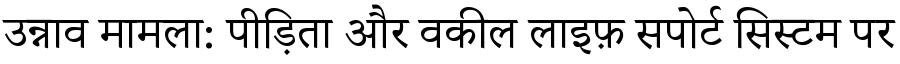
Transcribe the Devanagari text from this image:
उन्नाव मामला: पीड़िता और वकील लाइफ़ सपोर्ट सिस्टम पर